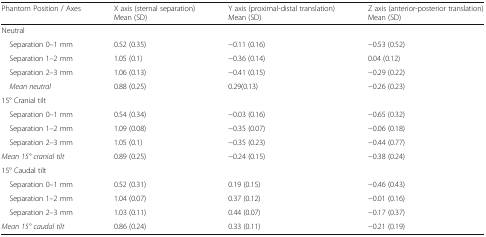
<table><thead><tr><td><b>Phantom Position / Axes</b></td><td><b>X axis (sternal separation)Mean (SD)</b></td><td><b>Y axis (proximal-distal translation)Mean (SD)</b></td><td><b>Z axis (anterior-posterior translation)Mean (SD)</b></td></tr></thead><tbody><tr><td colspan="4">Neutral</td></tr><tr><td> Separation 0–1 mm</td><td>0.52 (0.35)</td><td>−0.11 (0.16)</td><td>−0.53 (0.52)</td></tr><tr><td> Separation 1–2 mm</td><td>1.05 (0.1)</td><td>−0.36 (0.14)</td><td>0.04 (0.12)</td></tr><tr><td> Separation 2–3 mm</td><td>1.06 (0.13)</td><td>−0.41 (0.15)</td><td>−0.29 (0.22)</td></tr><tr><td> <i>Mean neutral</i></td><td>0.88 (0.25)</td><td>0.29(0.13)</td><td>−0.26 (0.23)</td></tr><tr><td colspan="4">15° Cranial tilt</td></tr><tr><td> Separation 0–1 mm</td><td>0.54 (0.34)</td><td>−0.03 (0.16)</td><td>−0.65 (0.32)</td></tr><tr><td> Separation 1–2 mm</td><td>1.09 (0.08)</td><td>−0.35 (0.07)</td><td>−0.06 (0.18)</td></tr><tr><td> Separation 2–3 mm</td><td>1.05 (0.1)</td><td>−0.35 (0.23)</td><td>−0.44 (0.77)</td></tr><tr><td><i>Mean 15° cranial tilt</i></td><td>0.89 (0.25)</td><td>−0.24 (0.15)</td><td>−0.38 (0.24)</td></tr><tr><td colspan="4">15° Caudal tilt</td></tr><tr><td> Separation 0–1 mm</td><td>0.52 (0.31)</td><td>0.19 (0.15)</td><td>−0.46 (0.43)</td></tr><tr><td> Separation 1–2 mm</td><td>1.04 (0.07)</td><td>0.37 (0.12)</td><td>−0.01 (0.16)</td></tr><tr><td> Separation 2–3 mm</td><td>1.03 (0.11)</td><td>0.44 (0.07)</td><td>−0.17 (0.37)</td></tr><tr><td><i>Mean 15° caudal tilt</i></td><td>0.86 (0.24)</td><td>0.33 (0.11)</td><td>−0.21 (0.19)</td></tr></tbody></table>